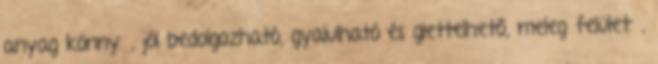
anyag könnyű, jól bedolgozható, gyalulható és glettelhető, meleg felületű,